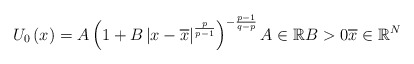
\begin{align*}U_{0}\left( x\right) =A\left( 1+B\left\vert x-\overline{x}\right\vert^{\frac{p}{p-1}}\right) ^{-\frac{p-1}{q-p}}A\in\mathbb{R}B>0\overline{x}\in\mathbb{R}^{N}\end{align*}